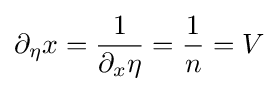
\partial _{\eta }x={\frac {1}{\partial _{x}\eta }}={\frac {1}{n}}=V